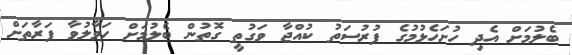
ބެލުމަށް އެދި ހުށަހެޅުމުގެ ފުރުސަަތު ކުއްޖާ ވަގުތީ ގޮތުން ބެލުމަށް ހަވާލުވާ ފަރާތަށް